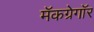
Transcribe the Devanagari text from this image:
मॅकग्रेगॉर